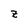
Character: z